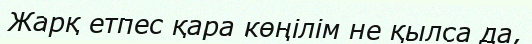
Жарқ етпес қара көңілім не қылса да,